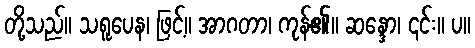
တို့သည်။ သရူပေန၊ ဖြင့်။ အာဂတာ၊ ကုန်၏။ ဆန္ဒော၊ ၎င်း။ ပ။